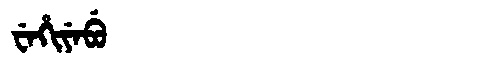
Manchu: ᠸᡝᡥᡳᠶᡝᠪᡠ
Romanization: WEHIYEBU